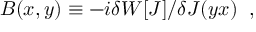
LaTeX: B ( x , y ) \equiv - i \delta W \lbrack J \rbrack / \delta J ( y x ) \; \; ,